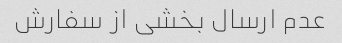
عدم ارسال بخشی از سفارش